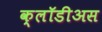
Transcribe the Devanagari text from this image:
क्लॉडीअस